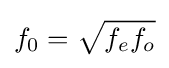
f_{0}={\sqrt {f_{e}f_{o}}}